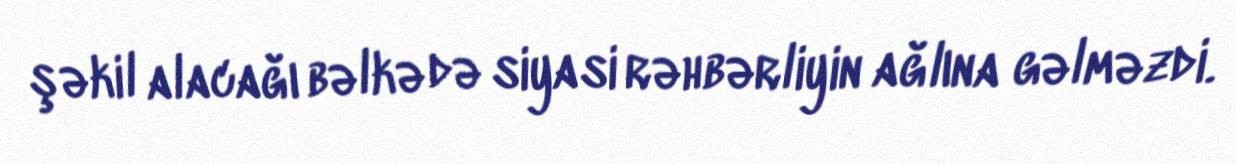
şəkil alacağı bəlkə də siyasi rəhbərliyin ağlına gəlməzdi.